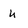
Character: U